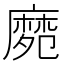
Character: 𪎛